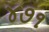
૪૭૧